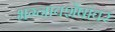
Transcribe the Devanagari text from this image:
भग्नावशेषांवर